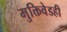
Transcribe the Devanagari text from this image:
मुक्तिवेडही